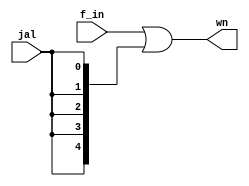
`timescale 1ns / 1ps
//////////////////////////////////////////////////////////////////////////////////
// Company: 
// Engineer: 
// 
// Design Name: 
// Module Name: f
// Project Name: 
// Target Devices: 
// Tool Versions: 
// Description: 
// 
// Dependencies: 
// 
// Revision:
// Revision 0.01 - File Created
// Additional Comments:
// 
//////////////////////////////////////////////////////////////////////////////////


module f(f_in, jal, wn);
    input [4:0] f_in;
    input jal;
    output [4:0] wn;
    
    assign wn = f_in | {5{jal}};
endmodule